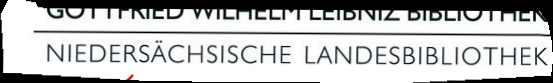
NIEDERSÄCHSISCHE LANDESBIBLIOTHEK